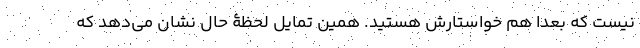
نیست که بعداً هم خواستارش هستید. همین تمایل لحظۀ حال نشان می‌دهد که